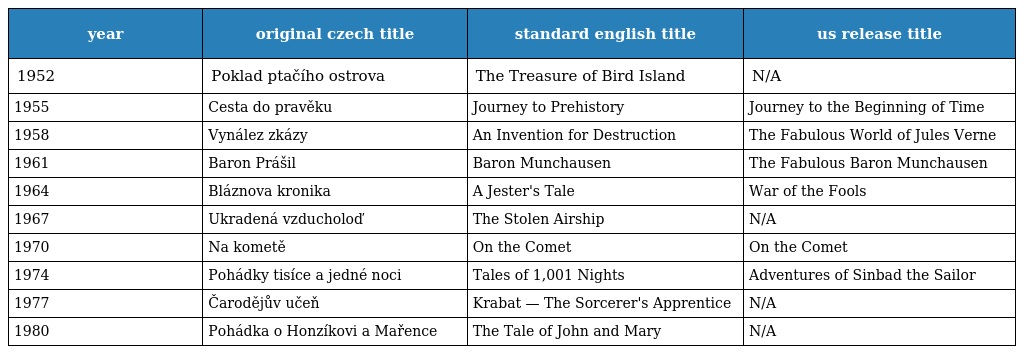
| year | original czech title | standard english title | us release title |
 | --- | --- | --- | --- |
 | 1952 | Poklad ptačího ostrova | The Treasure of Bird Island | N/A |
 | 1955 | Cesta do pravěku | Journey to Prehistory | Journey to the Beginning of Time |
 | 1958 | Vynález zkázy | An Invention for Destruction | The Fabulous World of Jules Verne |
 | 1961 | Baron Prášil | Baron Munchausen | The Fabulous Baron Munchausen |
 | 1964 | Bláznova kronika | A Jester's Tale | War of the Fools |
 | 1967 | Ukradená vzducholoď | The Stolen Airship | N/A |
 | 1970 | Na kometě | On the Comet | On the Comet |
 | 1974 | Pohádky tisíce a jedné noci | Tales of 1,001 Nights | Adventures of Sinbad the Sailor |
 | 1977 | Čarodějův učeň | Krabat — The Sorcerer's Apprentice | N/A |
 | 1980 | Pohádka o Honzíkovi a Mařence | The Tale of John and Mary | N/A |